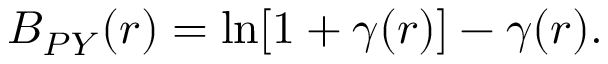
B _ { P Y } ( r ) = \ln [ 1 + \gamma ( r ) ] - \gamma ( r ) .